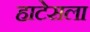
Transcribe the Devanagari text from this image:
हाटेसला